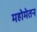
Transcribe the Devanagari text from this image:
महोमेतन